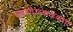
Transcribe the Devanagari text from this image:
एयरवेजकलकत्ता